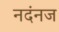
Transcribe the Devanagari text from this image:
नदंनज